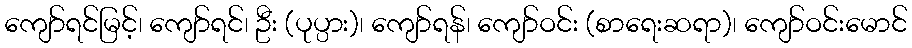
ကျော်ရင်မြင့်၊ ကျော်ရင်၊ ဦး (ပုပ္ပား)၊ ကျော်ရန်၊ ကျော်ဝင်း (စာရေးဆရာ)၊ ကျော်ဝင်းမောင်